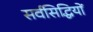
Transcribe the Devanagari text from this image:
सर्वसिद्धियों